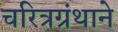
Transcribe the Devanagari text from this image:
चरित्रग्रंथाने